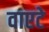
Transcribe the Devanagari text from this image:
वाएटे